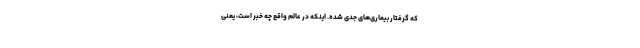
که گرفتار بیماری‌های جدی شده. اینکه در عالم واقع چه خبر است، یعنی